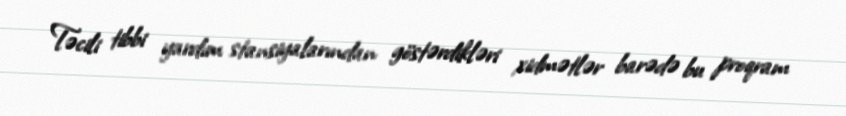
Təcili tibbi yardım stansiyalarından göstərdikləri xidmətlər barədə bu proqram